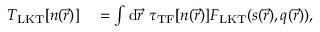
\begin{array} { r l } { T _ { \mathrm { L K T } } [ n ( \vec { r } ) ] } & { { } = \int { \mathrm { d } } \vec { r } ~ \tau _ { \mathrm { T F } } [ n ( \vec { r } ) ] F _ { \mathrm { L K T } } ( s ( \vec { r } ) , q ( \vec { r } ) ) , } \end{array}